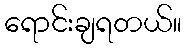
ရောင်းချရတယ်။